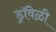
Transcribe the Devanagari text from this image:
ड्रॉवेळी